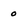
Character: 0